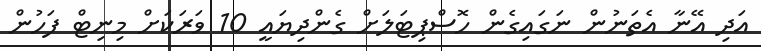
އަދި އޭނާ އެތަނުން ނަގައިގެން ހޮސްޕިޓަލަށް ގެންދިޔައީ 10 ވަރަކަށް މިނިޓް ފަހުން